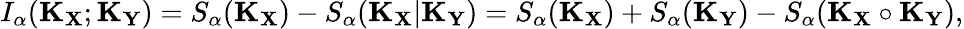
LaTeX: I_{\alpha}(\mathbf{K}_{\mathbf{X}};\mathbf{K}_{\mathbf{Y}})=S_{\alpha}(\mathbf{K}_{\mathbf{X}})-S_{\alpha}(\mathbf{K}_{\mathbf{X}}\vert\mathbf{K}_{\mathbf{Y}})=S_{\alpha}(\mathbf{K}_{\mathbf{X}})+S_{\alpha}(\mathbf{K}_{\mathbf{Y}})-S_{\alpha}(\mathbf{K}_{\mathbf{X}}\circ\mathbf{K}_{\mathbf{Y}}),